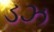
ડઝ